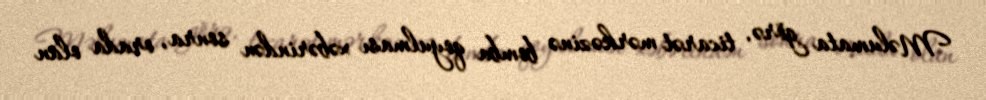
Məlumata görə, ticarət mərkəzinə bomba qoyulması xəbərindən sonra, orada olan